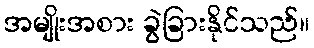
အမျိုးအစား ခွဲခြားနိုင်သည်။